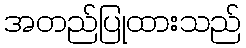
အတည်ပြုထားသည်